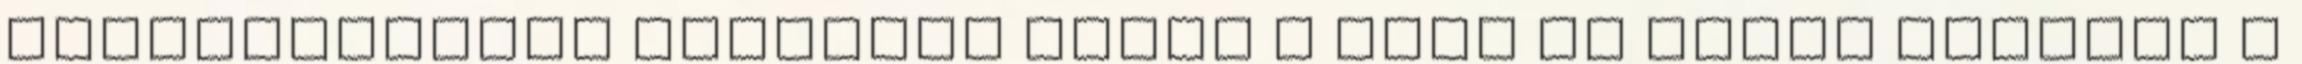
kiegészítőket kívánnak olvad a zsír és ezért fokozza a